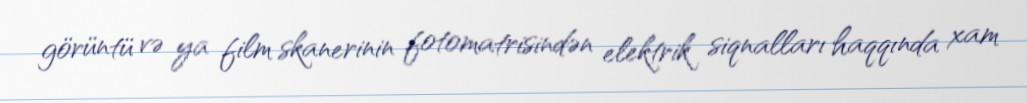
görüntü və ya film skanerinin fotomatrisindən elektrik siqnalları haqqında xam